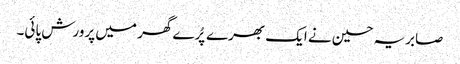
صابریہ حسین نے ایک بھرے پُرے گھر میں پرورش پائی۔